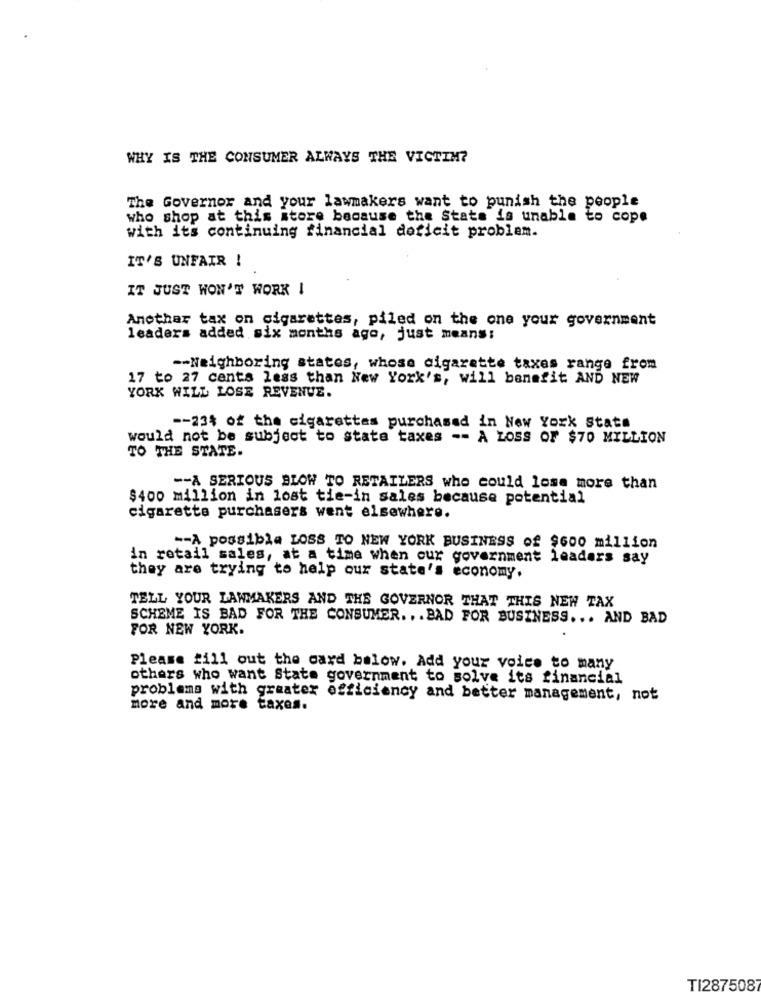
WHY IS THE CONSUMER ALWAYS THE VICTIM?
The Governor and your lawmakers want to punish the people
who shop at this atore because the State is unable to cope
with its continuing financial deficit problem.
IT'S UNFAIR !
IT JUST WON'T WORK !
Another tax on cigarettes, piled on the one your government
leaders added six months ago, just means:
-- Neighboring states, whose cigarette taxes range from
17 to 27 cents less than New York's, will benefit AND NEW
YORK WILL LOSE REVENUE.
-- 23% of the cigarettes purchased in New York State
would not be subject to state taxes -- A LOSS OF $70 MILLION
TO THE STATE.
-- A SERIOUS BLOW TO RETAILERS who could losa more than
$400 million in lost tie-in sales because potential
cigarette purchasers went elsewhere.
-- A possible LOSS TO NEW YORK BUSINESS of $600 million
in retail sales, at a time when our government leaders say
they are trying to help our state's economy.
TELL YOUR LAWMAKERS AND THE GOVERNOR THAT THIS NEW TAX
SCHEME IS BAD FOR THE CONSUMER. .. BAD FOR BUSINESS ... AND BAD
FOR NEW YORK.
Please fill out the card below. Add your voice to many
others who want State government to solve its financial
problems with greater efficiency and better management, not
more and more taxes.
TI2875087